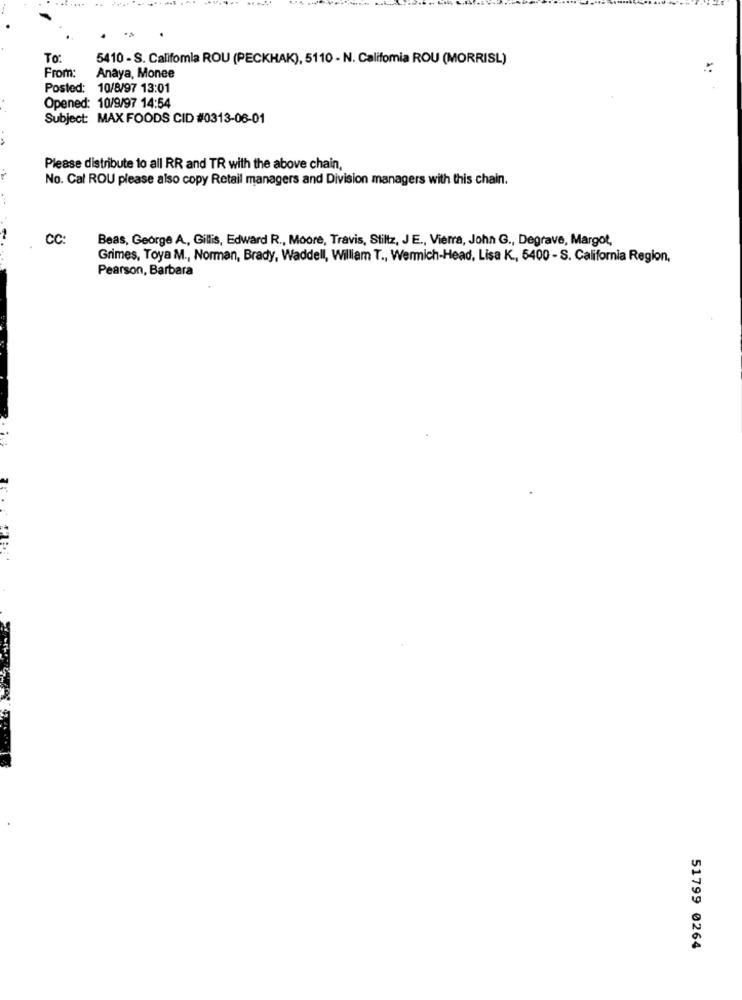
To:
5410 - S. Califomia ROU (PECKHAK), 5110 - N. Califomia ROU (MORRISL)
From:
Anaya, Monee
Posted: 10/8/97 13:01
Opened: 10/9/97 14:54
Subject: MAX FOODS CID #0313-06-01
Please distribute to all RR and TR with the above chain,
No. Cal ROU please also copy Retail managers and Division managers with this chain.
CC:
Beas, George A ., Gillis, Edward R ., Moore, Travis, Stiltz, JE ., Vierra, John G ., Degrave, Margot,
Grimes, Toya M ., Norman, Brady, Waddell, William T ., Wermich-Head, Lisa K ., 5400 - S. California Region,
Pearson, Barbara
51799 0264